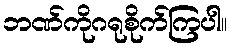
ဘဏ်ကိုဂရုစိုက်ကြပါ။